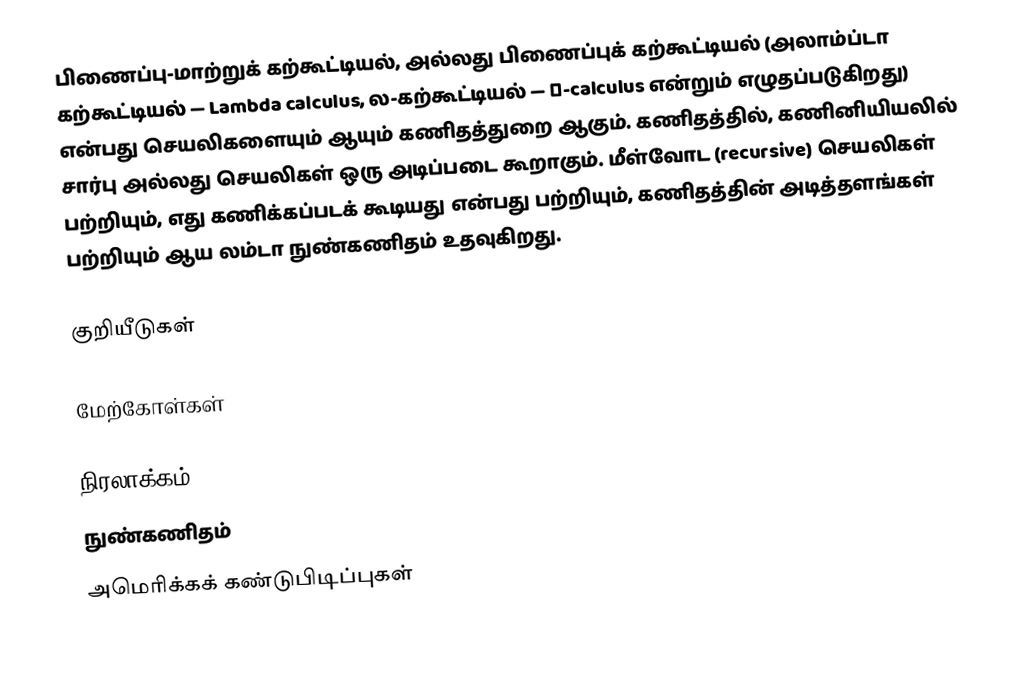
பிணைப்பு-மாற்றுக் கற்கூட்டியல், அல்லது பிணைப்புக் கற்கூட்டியல் (அலாம்ப்டா கற்கூட்டியல் — Lambda calculus, ல-கற்கூட்டியல் — λ-calculus என்றும் எழுதப்படுகிறது) என்பது செயலிகளையும் ஆயும் கணிதத்துறை ஆகும். கணிதத்தில், கணினியியலில் சார்பு அல்லது செயலிகள் ஒரு அடிப்படை கூறாகும். மீள்வோட (recursive) செயலிகள் பற்றியும், எது கணிக்கப்படக் கூடியது என்பது பற்றியும், கணிதத்தின் அடித்தளங்கள் பற்றியும் ஆய லம்டா நுண்கணிதம் உதவுகிறது.

குறியீடுகள்

மேற்கோள்கள்

நிரலாக்கம்
நுண்கணிதம்
அமெரிக்கக் கண்டுபிடிப்புகள்